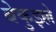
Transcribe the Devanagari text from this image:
बेकुइल्ले